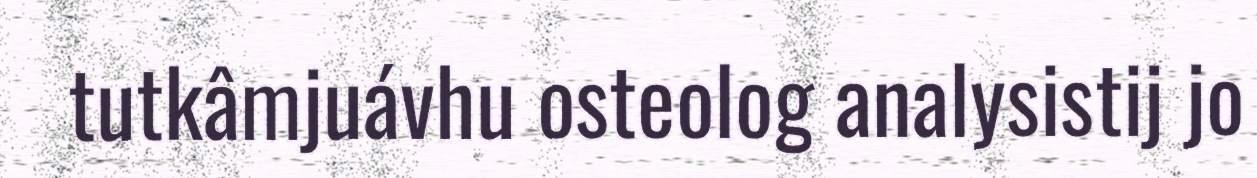
tutkâmjuávhu osteolog analysistij jo